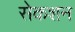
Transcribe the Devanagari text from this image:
सेकशन